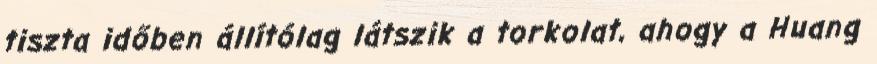
tiszta időben állítólag látszik a torkolat, ahogy a Huang